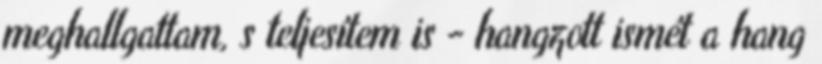
meghallgattam, s teljesítem is - hangzott ismét a hang